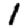
Digit: 1